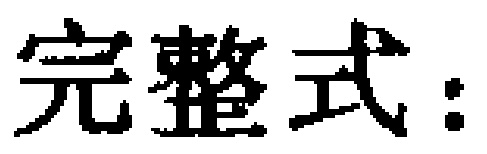
完整式：